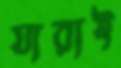
যারাই